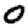
Digit: 0